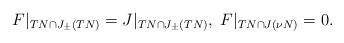
LaTeX: \begin{align*} F|_{TN\cap J_\pm(TN)}= J|_{TN\cap J_\pm(TN)},\;F|_{TN\cap J(\nu N)}=0. \end{align*}